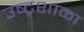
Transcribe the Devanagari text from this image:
उष्ट्र्शाळा